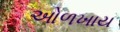
ઓળખાય